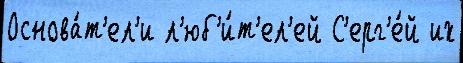
Основа́т'ел'и л'юб'и́т'ел'ей С'ерг'е́й их